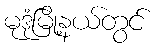
မုဒုံမြို့နယ်တွင်